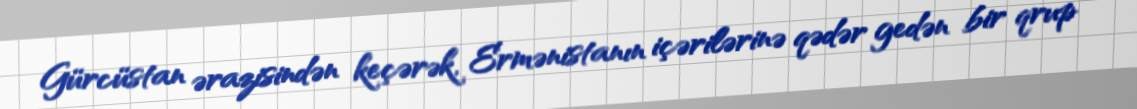
Gürcüstan ərazisindən keçərək, Ermənistanın içərilərinə qədər gedən bir qrup